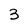
Character: 3